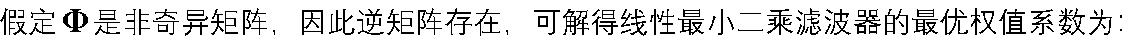
假定 $\boldsymbol{\Phi}$ 是非奇异矩阵，因此逆矩阵存在，可解得线性最小二乘滤波器的最优权值系数为：